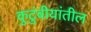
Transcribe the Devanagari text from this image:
कुटुंबीयांतील